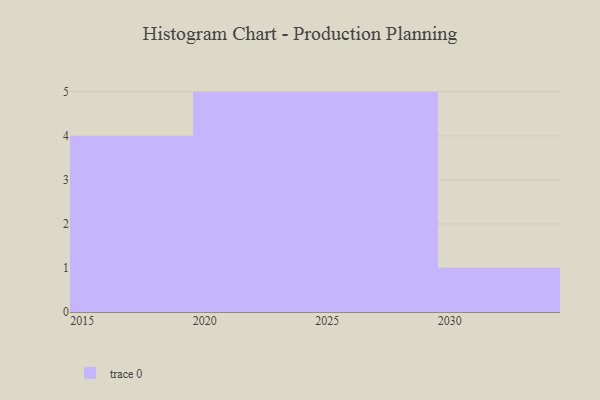
{"axis": {"x": "Year", "y": "LTV (USD)"}, "legend": [""], "data": [{"x": "2016", "y": 2, "type": ""}, {"x": "2028", "y": 79, "type": ""}, {"x": "2029", "y": 62, "type": ""}, {"x": "2021", "y": 35, "type": ""}, {"x": "2015", "y": 90, "type": ""}, {"x": "2022", "y": 36, "type": ""}, {"x": "2026", "y": 54, "type": ""}, {"x": "2030", "y": 49, "type": ""}, {"x": "2020", "y": 55, "type": ""}, {"x": "2024", "y": 52, "type": ""}, {"x": "2019", "y": 45, "type": ""}, {"x": "2025", "y": 88, "type": ""}, {"x": "2027", "y": 62, "type": ""}, {"x": "2017", "y": 53, "type": ""}, {"x": "2023", "y": 55, "type": ""}]}